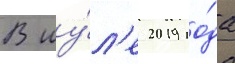
В иу́л'е 2019 го́да